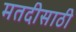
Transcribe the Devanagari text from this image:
मतदीसाठी